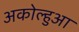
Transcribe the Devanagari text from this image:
अकोल्हुआ